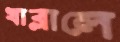
খাব্‌লালে